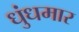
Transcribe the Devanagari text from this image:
धुंधमार